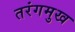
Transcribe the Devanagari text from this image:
तरंगमुख